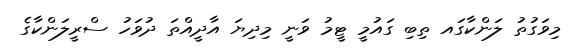
މިވަގުތު ލަންކާގައ ތިބި ގައުމީ ޓީމު ވަނީ މިދިޔަ އާދީއްތަ ދުވަހު ސްރީލަންކާގެ